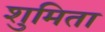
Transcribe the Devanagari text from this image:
शुमिता